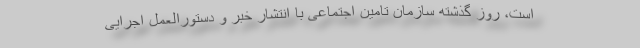
است، روز گذشته سازمان تامین اجتماعی با انتشار خبر و دستورالعمل اجرایی